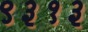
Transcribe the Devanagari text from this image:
९३१३